Indian journal of veterinary science and animal husbandry - Volume 14,
Year: 1944
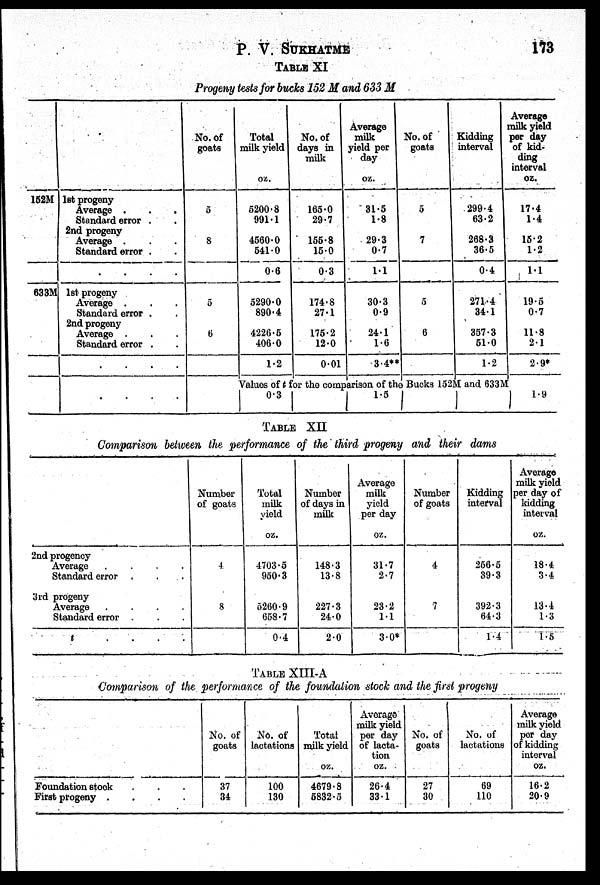
P. V.
SUKHATME
173
TABLE XI
Progeny tests for bucks 152 M and 633 M
152M
633M
1st progeny
Average . . .
Standard error . .
2nd progeny
Average . . .
Standard error . .
. . . .
1st progeny
Average . . .
Standard error . .
2nd progeny
Average . . .
Standard error . .
. . . .
. . . .
No. of
goats
5
8
5
6
Total
milk yield
oz.
5200.8
991.1
4560.0
541.0
0.6
5290.0
890.4
4226.5
406.0
1.2
No. of
days in
milk
165.0
29.7
155.8
15.0
0.3
174.8
27.1
175.2
12.0
0.01
Average
milk
yield per
day
oz.
31.5
1.8
29.3
0.7
1.1
30.3
0.9
24.1
1.6
3.4**
No. of
goats
5
7
5
6
Kidding
interval
299.4
63.2
268.3
36.5
0.4
271.4
34.1
357.3
51.0
1.2
Values of t for the comparison of the Bucks 152M and 633M
0.3
1.5
Average
milk yield
per day
of kid-
ding
interval
oz.
17.4
1.4
15.2
1.2
1.1
19.5
0.7
11.8
2.1
2.9*
1.9
TABLE XII
Comparison between the performance of the third progeny and their dams
2nd progency
Average . . .
Standard error . . .
3rd progeny
Average . . .
Standard error . . .
t
.
.
.
.
Number
of goats
4
8
Total
milk
yield
oz.
4703.5
950.3
5260.9
658.7
0.4
Number
of days in
milk
148.3
13.8
227.3
24.0
2.0
Average
milk
yield
per day
oz.
31.7
2.7
23.2
1.1
3.0*
Number
of goats
4
7
Kidding
interval
256.5
39.3
392.3
64.3
1.4
Average
milk yield
per day of
kidding
interval
oz.
18.4
3.4
13.4
1.3
1.5
TABLE XIII-A
Comparison of the performance of the foundation stock and the first progeny
Foundation stock . . .
First progeny .
.
.
.
No. of
goats
37
34
No. of
lactations
100
130
Total
milk yield
oz.
4679.8
5832.5
Average
milk yield
per day
of lacta-
tion
oz.
26.4
33.1
No. of
goats
27
30
No. of
lactations
69
110
Average
milk yield
per day
of kidding
interval
oz.
16.2
20.9